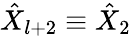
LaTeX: {\hat{X}}_{l+2}\equiv{\hat{X}}_{2}